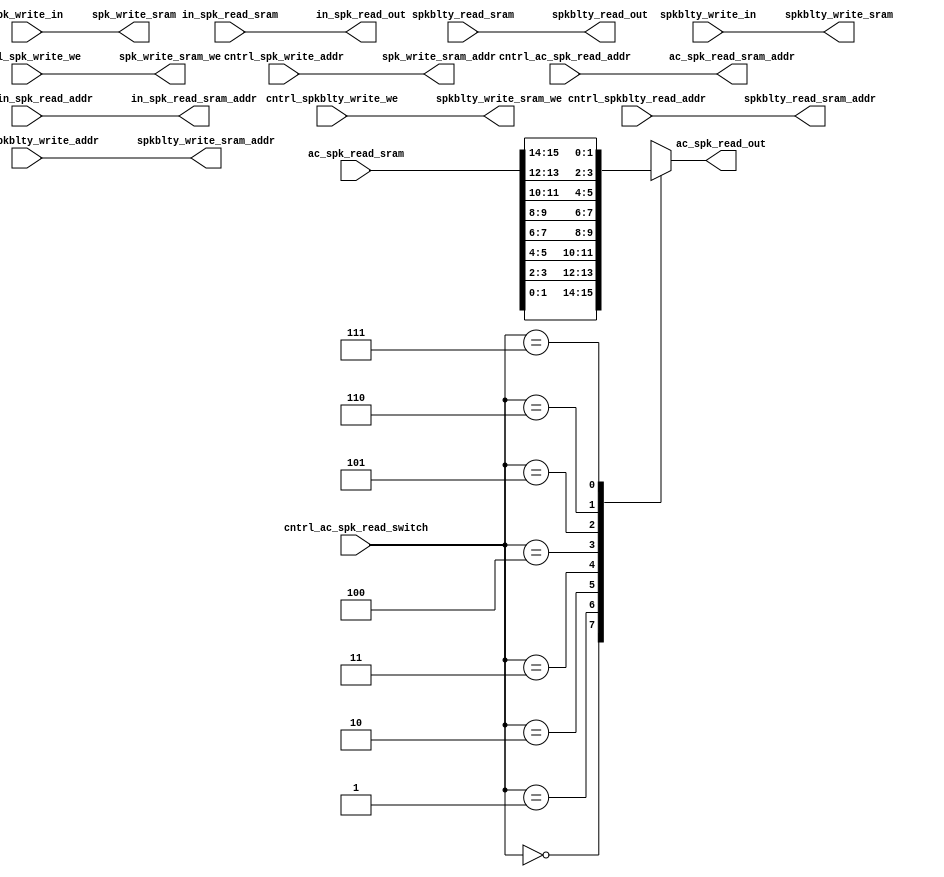
`default_nettype none
`timescale 1ns/1ns


/* `include "shift_add_mult.v" */

module spk_memory_controler (
    // spkblty read
    input wire [15:0] spkblty_read_sram,
    output wire [8:0] spkblty_read_sram_addr,

    output wire [15:0] spkblty_read_out,

    input wire [8:0] cntrl_spkblty_read_addr,

    // AC spk read
    input wire [15:0] ac_spk_read_sram,
    output wire [8:0] ac_spk_read_sram_addr,

    output reg [1:0] ac_spk_read_out,

    input wire [2:0] cntrl_ac_spk_read_switch,
    input wire [8:0] cntrl_ac_spk_read_addr,

    // input spk read
    input wire [127:0] in_spk_read_sram,
    output wire [8:0] in_spk_read_sram_addr,

    output wire [127:0] in_spk_read_out,

    input wire [8:0] cntrl_in_spk_read_addr,

    // spk write
    output wire [15:0] spk_write_sram,
    output wire [8:0] spk_write_sram_addr,
    output wire spk_write_sram_we,

    input wire [15:0] spk_write_in,

    input wire [8:0] cntrl_spk_write_addr,
    input wire cntrl_spk_write_we,

    // spkblty write
    output wire [15:0] spkblty_write_sram,
    output wire [8:0] spkblty_write_sram_addr,
    output wire spkblty_write_sram_we,

    input wire [15:0] spkblty_write_in,

    input wire [8:0] cntrl_spkblty_write_addr,
    input wire cntrl_spkblty_write_we
    );

    // spkblty read
    assign spkblty_read_out = spkblty_read_sram;
    assign spkblty_read_sram_addr = cntrl_spkblty_read_addr;

    //ac spk read
    assign ac_spk_read_sram_addr = cntrl_ac_spk_read_addr;
    always @(*) begin
        case (cntrl_ac_spk_read_switch)
            3'd0: ac_spk_read_out <= ac_spk_read_sram[1:0];
            3'd1: ac_spk_read_out <= ac_spk_read_sram[3:2];
            3'd2: ac_spk_read_out <= ac_spk_read_sram[5:4];
            3'd3: ac_spk_read_out <= ac_spk_read_sram[7:6];
            3'd4: ac_spk_read_out <= ac_spk_read_sram[9:8];
            3'd5: ac_spk_read_out <= ac_spk_read_sram[11:10];
            3'd6: ac_spk_read_out <= ac_spk_read_sram[13:12];
            3'd7: ac_spk_read_out <= ac_spk_read_sram[15:14];
            default: ac_spk_read_out <= 2'bxx;
        endcase
    end

    //input spk read
    assign in_spk_read_out = in_spk_read_sram;
    assign in_spk_read_sram_addr = cntrl_in_spk_read_addr;

    // spk write
    assign spk_write_sram = spk_write_in;
    assign spk_write_sram_addr = cntrl_spk_write_addr;
    assign spk_write_sram_we = cntrl_spk_write_we;

    //spkblty write
    assign spkblty_write_sram = spkblty_write_in;
    assign spkblty_write_sram_addr = cntrl_spkblty_write_addr;
    assign spkblty_write_sram_we = cntrl_spkblty_write_we;


    `ifdef COCOTB_SIM
    initial begin
    $dumpfile ("spk_memory_controler.vcd");
    $dumpvars (0, spk_memory_controler);
    #1;
    end
    `endif

endmodule